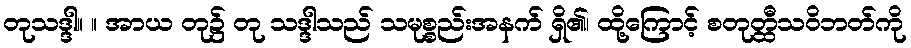
တုသဒ္ဒါ။ ။ အာယ တု၌ တု သဒ္ဒါသည် သမုစ္စည်းအနက် ရှိ၏၊ ထို့ကြောင့် စတုတ္ထီသဝိဘတ်ကို